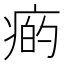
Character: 𤷭